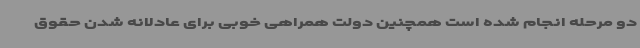
دو مرحله انجام شده است همچنین دولت همراهی خوبی برای عادلانه شدن حقوق